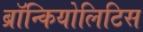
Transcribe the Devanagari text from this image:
ब्रॉन्कियोलिटिस